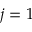
j = 1